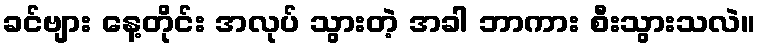
ခင်ဗျား နေ့တိုင်း အလုပ် သွားတဲ့ အခါ ဘာကား စီးသွားသလဲ။